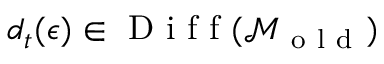
d _ { t } ( \epsilon ) \in \mathrm { ~ D ~ i ~ f ~ f ~ } ( \mathcal { M } _ { \mathrm { ~ o ~ l ~ d ~ } } )